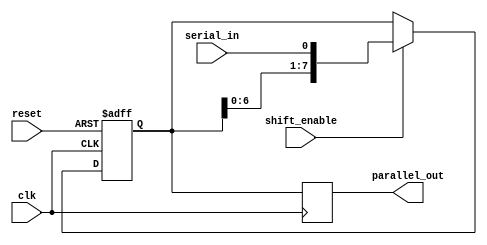
module ShiftRegister (
    input wire clk,          // Clock signal
    input wire reset,        // Reset signal
    input wire shift_enable, // Control signal to enable shifting
    input wire serial_in,    // Serial data input
    output reg [7:0] parallel_out // Parallel output (8 bits)
);

// Internal register to hold shift register state
reg [7:0] shift_reg; 

// Always block to handle shifting and loading
always @(posedge clk or posedge reset) begin
    if (reset) begin
        // On reset, clear the shift register
        shift_reg <= 8'b0;
    end else if (shift_enable) begin
        // Shift the data to the left
        shift_reg <= {shift_reg[6:0], serial_in};
    end
end

// Assign the internal shift register to the parallel output
always @(posedge clk) begin
    parallel_out <= shift_reg;
end

endmodule